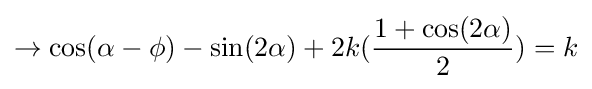
\rightarrow \cos(\alpha -\phi )-\sin(2\alpha )+2k({\frac {1+\cos(2\alpha )}{2}})=k